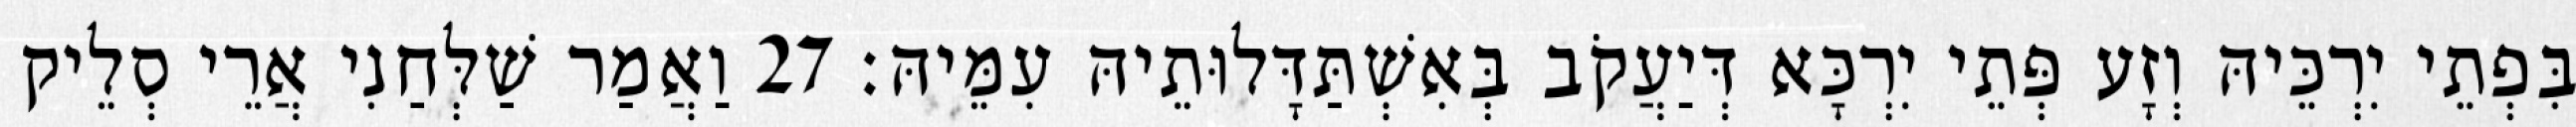
בִּפְתֵי יִרְכֵּיהּ וְזָע פְּתֵי יִרְכָּא דְּיַעֲקֹב בְּאִשְׁתַּדָּלוּתֵיהּ עִמֵּיהּ׃ 27 וַאֲמַר שַׁלְּחַנִי אֲרֵי סְלֵיק